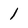
Character: 1